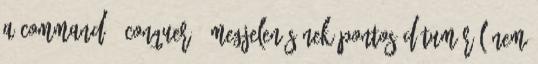
A Command & Conquer 4 megjelenésének pontos dátumáról nem